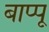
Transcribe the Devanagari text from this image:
बाप्पू